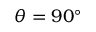
\theta = 9 0 ^ { \circ }